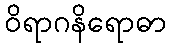
ဝိရာဂနိရောဓာ